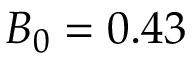
B _ { 0 } = 0 . 4 3